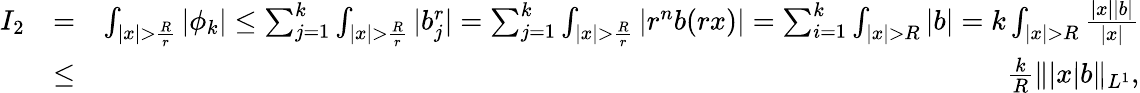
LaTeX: \begin{array}{rlr}{I_{2}}&{=}&{\int_{|x|>\frac{R}{r}}|\phi_{k}|\leq\sum_{j=1}^{k}\int_{|x|>\frac{R}{r}}|b_{j}^{r}|=\sum_{j=1}^{k}\int_{|x|>\frac{R}{r}}|r^{n}b(rx)|=\sum_{i=1}^{k}\int_{|x|>R}|b|=k\int_{|x|>R}\frac{|x||b|}{|x|}}\\ &{\leq}&{\frac{k}{R}\| |x|b\| _{L^{1}},}\end{array}